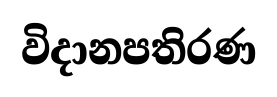
විදානපතිරණ